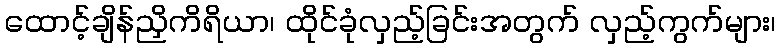
ထောင့်ချိန်ညှိကိရိယာ၊ ထိုင်ခုံလှည့်ခြင်းအတွက် လှည့်ကွက်များ၊